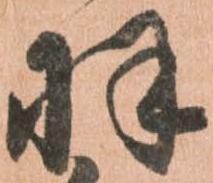
羽